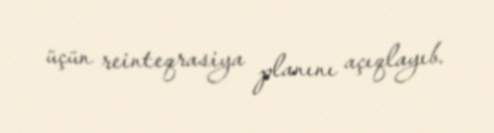
üçün reinteqrasiya planını açıqlayıb.